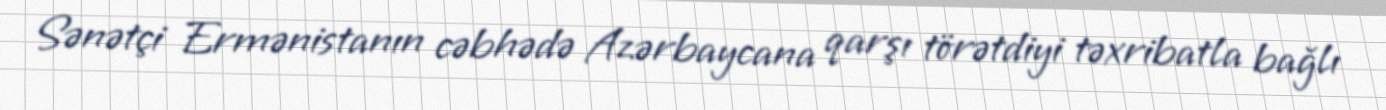
Sənətçi Ermənistanın cəbhədə Azərbaycana qarşı törətdiyi təxribatla bağlı